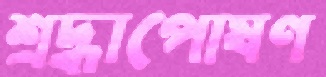
শ্রদ্ধাপোষণ